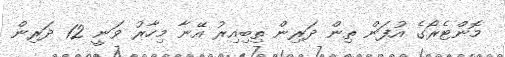
މޮންޓެރޯގެ އުފަން ތިން ދަރިން ތިބިއިރު އޭނާ މިހާރު ވަނީ 12 ދަރިން